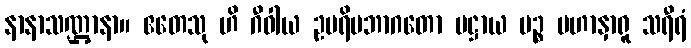
နာနာသဏ္ဌာနာ။ ဧတေသု ဟိ ဂီဝါယ ဥပရိမဘာဂတော ပဋ္ဌာယ ပဉ္စ မဟာနှာရူ သရီရံ